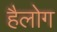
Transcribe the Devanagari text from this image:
हैलोग